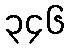
၃၄၆